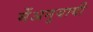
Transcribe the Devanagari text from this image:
मेंअनुयायी